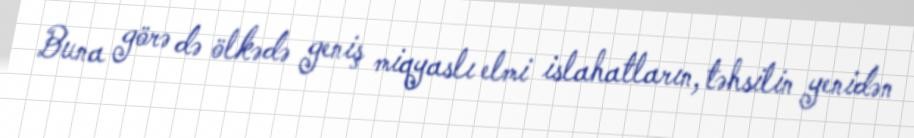
Buna görə də ölkədə geniş miqyaslı elmi islahatların, təhsilin yenidən